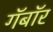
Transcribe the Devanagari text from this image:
गॅबॉर